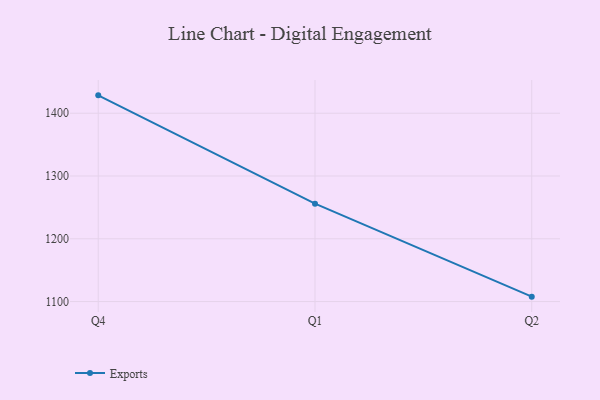
{"axis": {"x": "Quarter", "y": "Conversion Rate (%)"}, "legend": ["Exports"], "data": [{"x": "Q4", "y": 1428.5, "type": "Exports"}, {"x": "Q1", "y": 1256.0, "type": "Exports"}, {"x": "Q2", "y": 1107.8, "type": "Exports"}]}